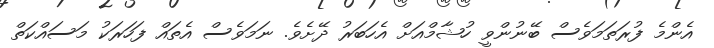
އެންމެ ފުރަތަމަވެސް ބޭނުންވީ ހުޝާމްއަށް އެހަބަރު ދޭށެވެ. ނަމަވެސް އެތައް ފަހަރަކު މަސައްކަތް